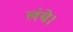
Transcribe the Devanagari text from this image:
लंबे।